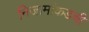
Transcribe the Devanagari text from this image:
निजामांकडची